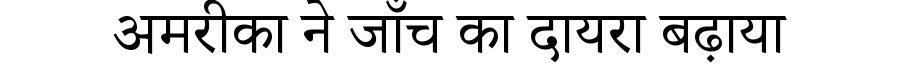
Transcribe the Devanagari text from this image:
अमरीका ने जाँच का दायरा बढ़ाया